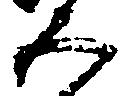
五